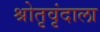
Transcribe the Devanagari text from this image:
श्रोतृवृंदाला